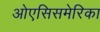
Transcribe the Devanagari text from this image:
ओएसिसमेरिका